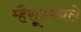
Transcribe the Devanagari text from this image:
म्हैसूरमधले